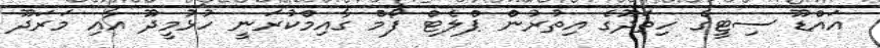
އައްޑޫ ސިޓީގެ ހިތަދޫގެ އިތުރުން ޕްލެޓް ފޯމް ގާއިމްކުރަނީ ހުޅުމީދޫ އާއި މަރަދޫ